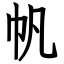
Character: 帆